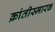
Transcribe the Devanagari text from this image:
क्रांतीस्मारक